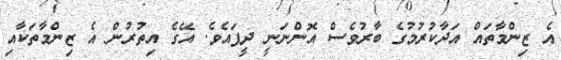
އެ ޒިންމާތައް އަދާކުރުމުގެ ބާރުވެސް އޮންނަނީ ދީފައެވެ. އޭގެ އިތުރުން އެ ޒިންމާތަކާއި